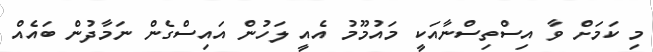
މި ކަމަށް ވާ އިސްތިސްނާއަކީ މައުމޫމު އެއީ ލަހުން އައިސްގެން ނަމާދުން ބައެއް